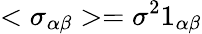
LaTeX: <\sigma_{\alpha\beta}>=\sigma^{2}1_{\alpha\beta}